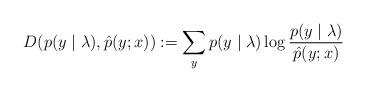
LaTeX: \begin{align*} D(p(y \mid \lambda), \hat{p}(y;x)) := \sum_y p(y \mid \lambda) \log \frac{p(y \mid \lambda)}{\hat{p}(y;x)}\end{align*}